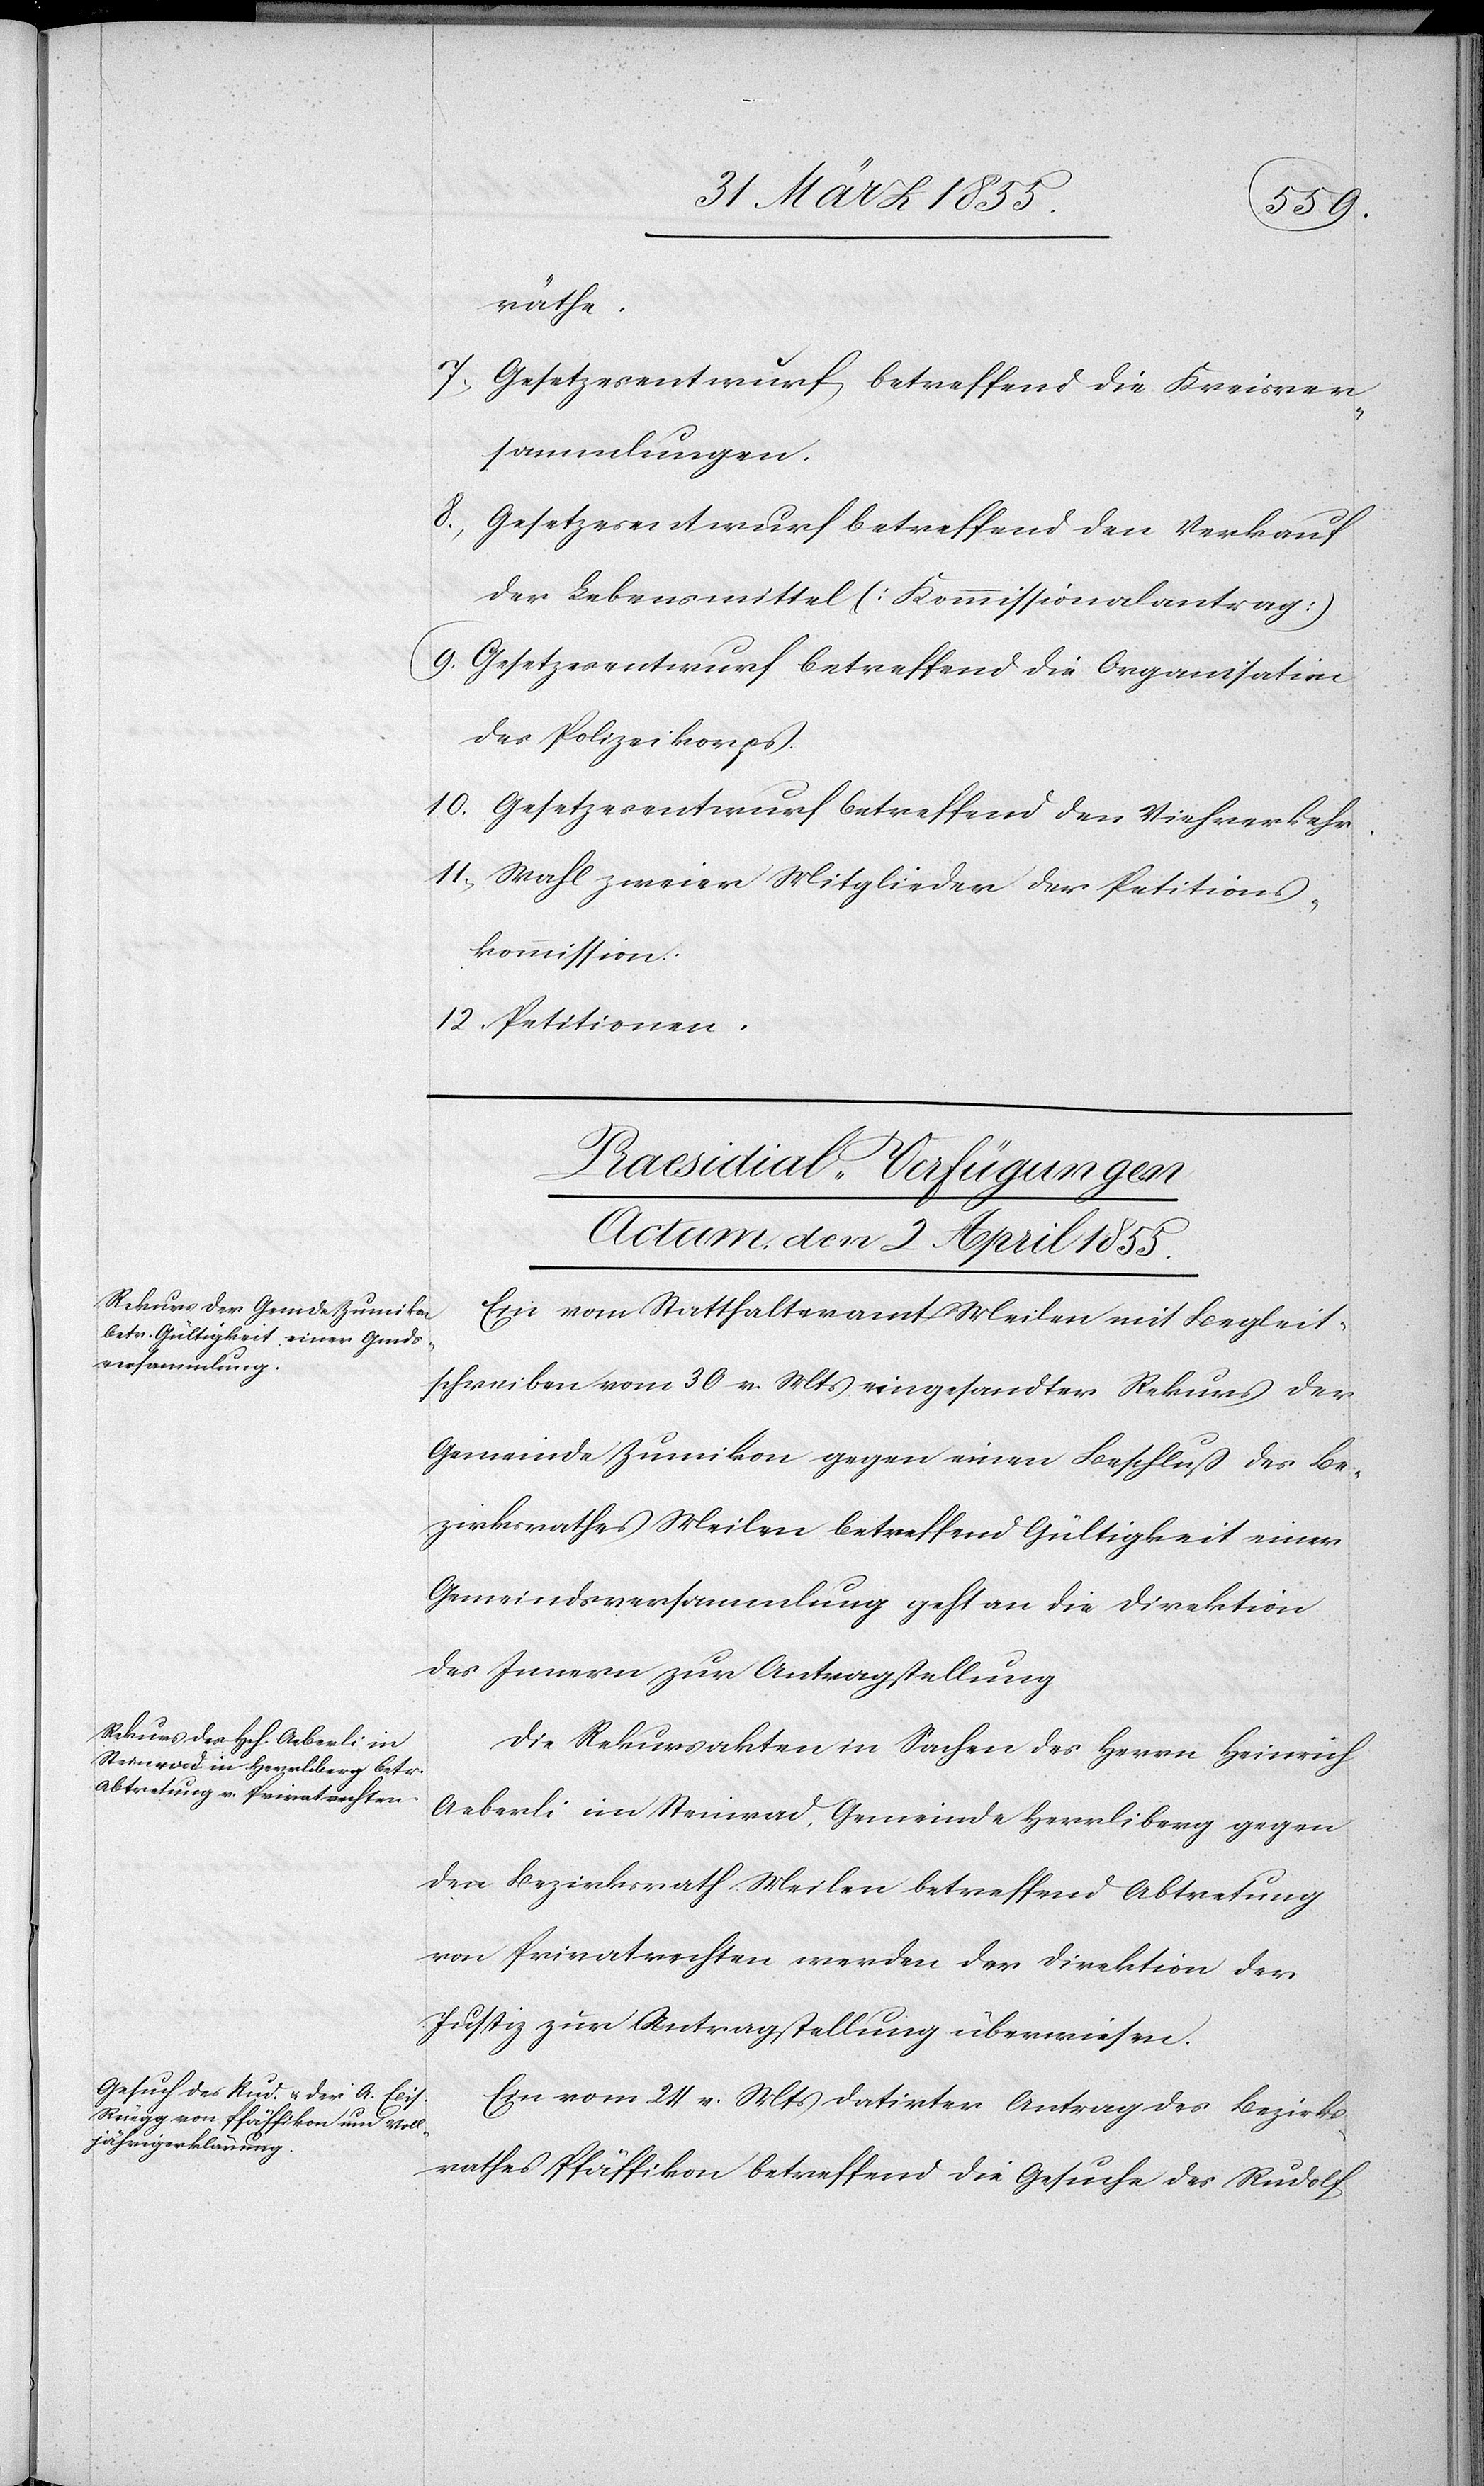
räthe
7,
Gesetzesentwurf betreffend die Kreisver¬
sammlungen.
Gesetzesentwurf betreffend den Verkauf
der Lebensmittel (Kommissionalantrag)
Gesetzesentwurf betreffend die Organisation
des Polizeikorps.
Gesetzesentwurf betreffend den Viehverkehr.
Wahl zweier Mitglieder der Petitions¬
kommission.
Petitionen.
[Praesidial-Verfügungen
Actum, den 2 April 1855.]
Ein vom Statthalteramt Meilen mit Begleit¬
schreiben vom 30 v. Mts eingesandter Rekurs der
Gemeinde Zumikon gegen einen Beschluß des Be¬
zirksrathes Meilen betreffend Gültigkeit einer
Gemeindsversammlung geht an die Direktion
des Innern zur Antragstellung[.]
Die Rekursakten in Sachen des Herrn Heinrich
Aeberli im Steinrad, Gemeinde Herrliberg gegen
den Bezirksrath Meilen betreffend Abtretung
von Privatrechten werden der Direktion der
Justiz zur Antragstellung überwiesen.
Ein vom 24 v. Mts datirter Antrag des Bezirks¬
rathes Pfäffikon betreffend die Gesuche des Rudolf